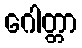
ဂေါတ္တာ